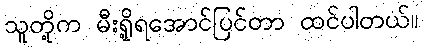
သူတို့က မီးရှို့ရအောင်ပြင်တာ ထင်ပါတယ်။